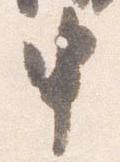
申